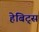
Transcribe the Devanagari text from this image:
हेबिट्स